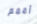
أممم